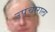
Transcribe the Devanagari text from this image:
उपचाराला